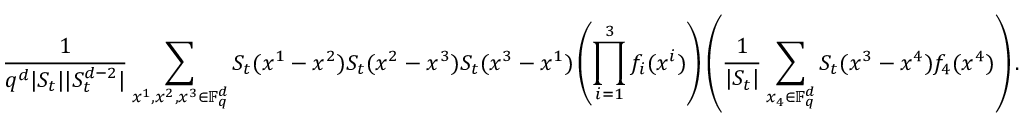
\frac { 1 } { q ^ { d } | S _ { t } | | S _ { t } ^ { d - 2 } | } \sum _ { x ^ { 1 } , x ^ { 2 } , x ^ { 3 } \in \mathbb F _ { q } ^ { d } } S _ { t } ( x ^ { 1 } - x ^ { 2 } ) S _ { t } ( x ^ { 2 } - x ^ { 3 } ) S _ { t } ( x ^ { 3 } - x ^ { 1 } ) \left( \prod _ { i = 1 } ^ { 3 } f _ { i } ( x ^ { i } ) \right) \left( \frac { 1 } { | S _ { t } | } \sum _ { x _ { 4 } \in \mathbb F _ { q } ^ { d } } S _ { t } ( x ^ { 3 } - x ^ { 4 } ) f _ { 4 } ( x ^ { 4 } ) \right) .